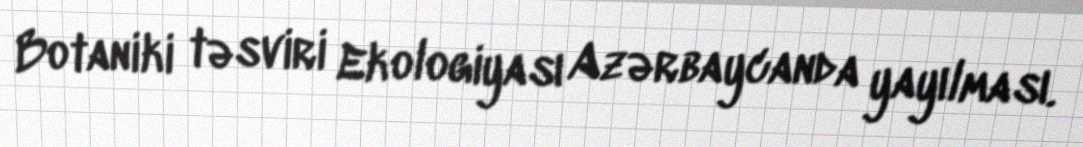
Botaniki təsviri Ekologiyası Azərbaycanda yayılması.